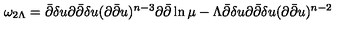
\omega _ { 2 \Lambda } = \bar { \partial } \delta u \partial \bar { \partial } \delta u ( \partial \bar { \partial } u ) ^ { n - 3 } \partial \bar { \partial } \ln \mu - \Lambda \bar { \partial } \delta u \partial \bar { \partial } \delta u ( \partial \bar { \partial } u ) ^ { n - 2 }